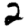
Digit: 2